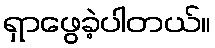
ရှာဖွေခဲ့ပါတယ်။